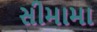
સીમામા